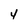
Character: 4